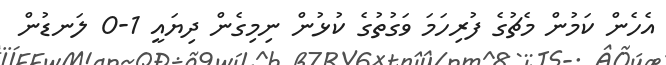
އެހެން ކަމުން މެޗުގެ ފުރިހަމަ ވަގުތުގެ ކުޅުން ނިމިގެން ދިޔައީ 1-0 ލަނޑުން